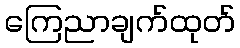
ကြေညာချက်ထုတ်